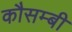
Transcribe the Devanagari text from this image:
कौसम्बी